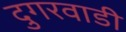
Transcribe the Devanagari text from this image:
दुगरवाडी